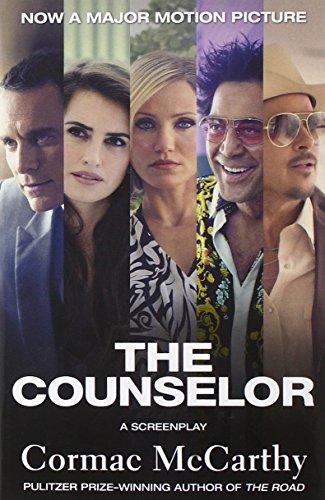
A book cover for The Counselor (Movie Tie-in Edition): A Screenplay (Vintage International); Cormac McCarthy; Humor & Entertainment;